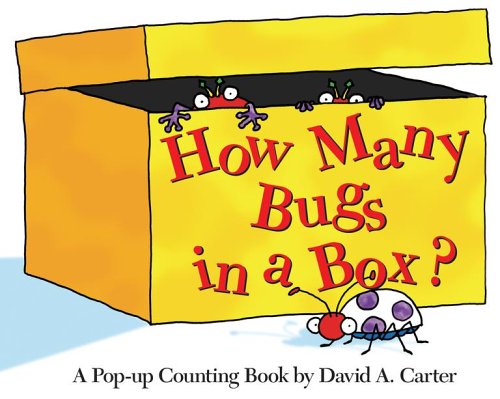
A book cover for How Many Bugs in a Box? (Mini Edition): A Pop-up Counting Book; David  A. Carter; Children's Books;